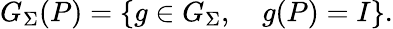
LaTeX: G_{\Sigma}(P)=\{ g\in G_{\Sigma},\quad g(P)=I\} .